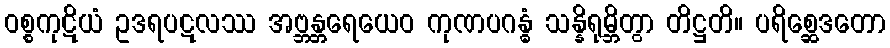
ဝစ္စကုဋိယံ ဥဒရပဋလဿ အဗ္ဘန္တရေယေဝ ကုဏပဂန္ဓံ သန္နိရုမ္ဘိတွာ တိဋ္ဌတိ။ ပရိစ္ဆေဒတော